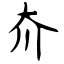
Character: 夼